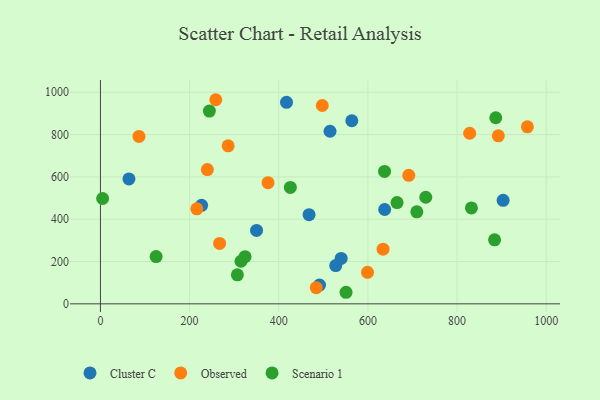
{"axis": {"x": "Study Hours", "y": "Yield"}, "legend": ["Cluster C", "Observed", "Scenario 1"], "data": [{"x": "515.0", "y": 815.7, "type": "Cluster C"}, {"x": "417.4", "y": 952.3, "type": "Cluster C"}, {"x": "226.9", "y": 465.8, "type": "Cluster C"}, {"x": "540.0", "y": 214.7, "type": "Cluster C"}, {"x": "527.8", "y": 180.8, "type": "Cluster C"}, {"x": "468.0", "y": 421.2, "type": "Cluster C"}, {"x": "903.3", "y": 489.2, "type": "Cluster C"}, {"x": "63.9", "y": 590.5, "type": "Cluster C"}, {"x": "491.4", "y": 88.6, "type": "Cluster C"}, {"x": "350.2", "y": 346.9, "type": "Cluster C"}, {"x": "637.6", "y": 445.9, "type": "Cluster C"}, {"x": "563.9", "y": 865.5, "type": "Cluster C"}, {"x": "286.5", "y": 747.1, "type": "Observed"}, {"x": "691.6", "y": 607.5, "type": "Observed"}, {"x": "497.6", "y": 937.6, "type": "Observed"}, {"x": "258.7", "y": 964.8, "type": "Observed"}, {"x": "216.2", "y": 448.9, "type": "Observed"}, {"x": "484.1", "y": 76.5, "type": "Observed"}, {"x": "634.0", "y": 258.5, "type": "Observed"}, {"x": "376.0", "y": 572.7, "type": "Observed"}, {"x": "599.1", "y": 149.1, "type": "Observed"}, {"x": "892.5", "y": 794.3, "type": "Observed"}, {"x": "828.3", "y": 806.4, "type": "Observed"}, {"x": "957.7", "y": 836.5, "type": "Observed"}, {"x": "239.8", "y": 634.8, "type": "Observed"}, {"x": "267.3", "y": 285.6, "type": "Observed"}, {"x": "86.4", "y": 791.4, "type": "Observed"}, {"x": "124.9", "y": 223.3, "type": "Scenario 1"}, {"x": "4.9", "y": 497.9, "type": "Scenario 1"}, {"x": "315.3", "y": 201.2, "type": "Scenario 1"}, {"x": "729.8", "y": 503.9, "type": "Scenario 1"}, {"x": "324.4", "y": 222.8, "type": "Scenario 1"}, {"x": "884.1", "y": 302.7, "type": "Scenario 1"}, {"x": "307.2", "y": 137.3, "type": "Scenario 1"}, {"x": "832.2", "y": 453.4, "type": "Scenario 1"}, {"x": "550.9", "y": 54.6, "type": "Scenario 1"}, {"x": "709.7", "y": 435.1, "type": "Scenario 1"}, {"x": "665.3", "y": 478.7, "type": "Scenario 1"}, {"x": "426.0", "y": 550.4, "type": "Scenario 1"}, {"x": "244.3", "y": 911.0, "type": "Scenario 1"}, {"x": "637.3", "y": 626.0, "type": "Scenario 1"}, {"x": "886.8", "y": 879.5, "type": "Scenario 1"}]}